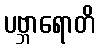
ပဗ္ဘာရောတိ